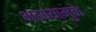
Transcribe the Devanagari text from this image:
भडक्यामुळे